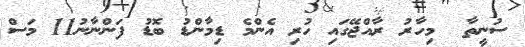
ސުނީތާ  މިހާރު ރާއްޖޭގައި ހުރި އެންމެ ޑިމާންޑު ބޮޑު ފަންނާނު11 މަސް